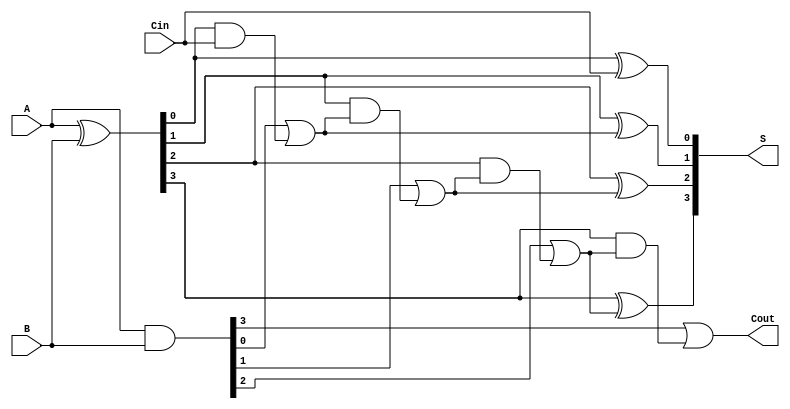
module SklanskyAdder #(
    parameter N = 4  // Number of bits
)(
    input  [N-1:0] A,      // First input
    input  [N-1:0] B,      // Second input
    input          Cin,     // Carry-in
    output [N-1:0] S,      // Sum output
    output         Cout     // Carry-out
);

// Generate and Propagate signals
wire [N-1:0] G; // Generate
wire [N-1:0] P; // Propagate
wire [N:0] C;   // Carry signals

assign G = A & B;        // G[i] = A[i] AND B[i]
assign P = A ^ B;        // P[i] = A[i] XOR B[i]
assign C[0] = Cin;       // Initial carry in

// Carry propagation (Sklansky tree structure)
genvar i;
generate
    for (i = 1; i <= N; i = i + 1) begin : carry_prop
        assign C[i] = G[i-1] | (P[i-1] & C[i-1]);
    end
endgenerate

// Sum calculation
generate
    for (i = 0; i < N; i = i + 1) begin : sum_calc
        assign S[i] = P[i] ^ C[i]; // S[i] = P[i] XOR C[i]
    end
endgenerate

// Final carry out
assign Cout = C[N]; // Cout = C[n]

// End of Sklansky Adder
endmodule